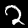
Digit: 2